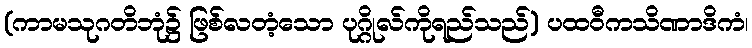
(ကာမသုဂတိဘုံ၌ ဖြစ်လတံ့သော ပုဂ္ဂိုလ်ကိုရည်သည်) ပထဝီကသိဏာဒိကံ၊